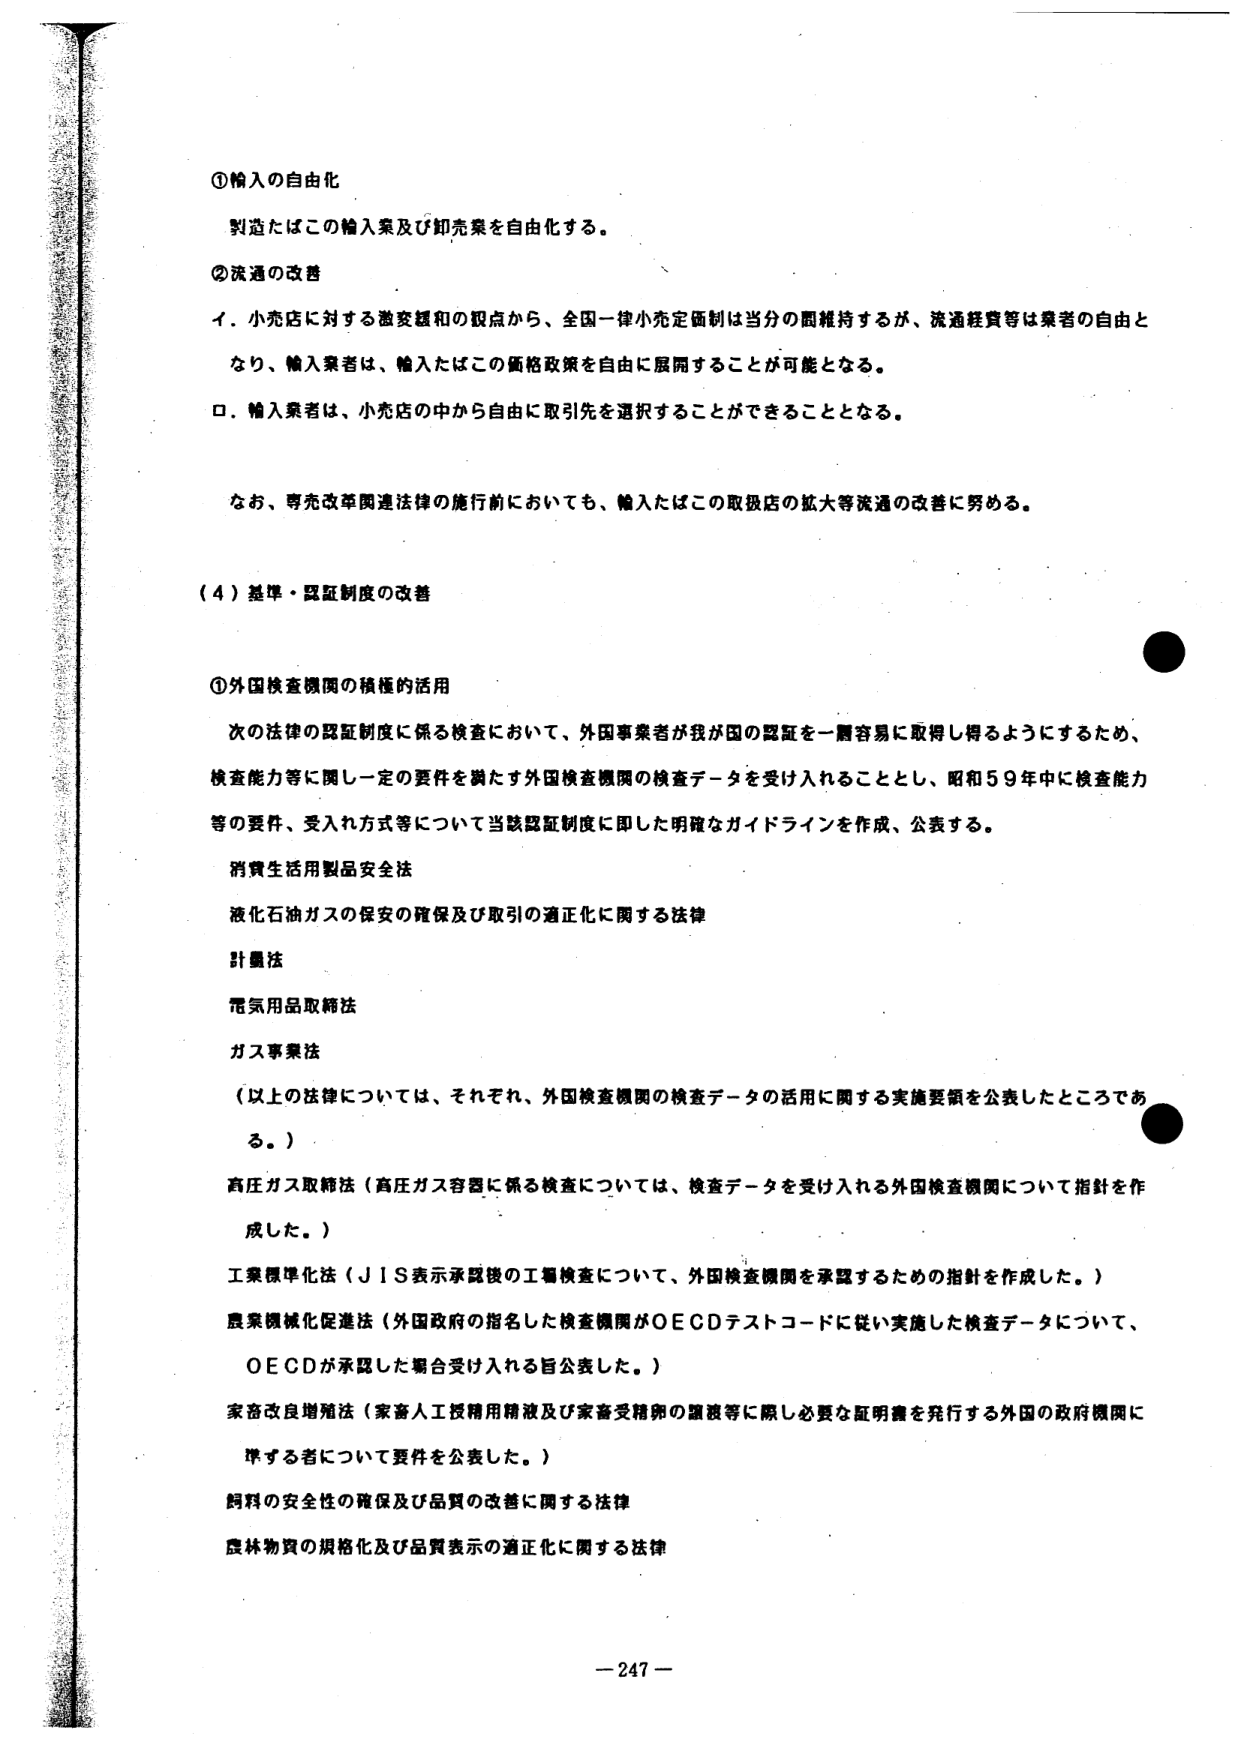
①輸入の自由化
製造たはこの輸入業及び卸売業を自由化する。

②流通の改善
イ．小売店に対する融資緩和の観点から、全国一律小売定価制は当分の間維持するが、流通経費等は業者の自由となり、輸入業者は、輸入たばこの価格政策を自由に展開することが可能となる。
ロ．輸入業者は、小売店の中から自由に取引先を選択することができることとなる。

なお、専売改革関連法律の施行前においても、輸入たばこの取扱店の拡大等流通の改善に努める。

（４）基準・認証制度の改善

①外国検査機関の積極的活用
次の法律の認証制度に係る検査において、外国事業者が我が国の認証を一層容易に取得し得るようにするため、検査能力等に関し一定の要件を満たす外国検査機関の検査データを受け入れることとし、昭和５９年中に検査能力等の要件、受入れ方式等について当該認証制度に即した明確なガイドラインを作成、公表する。

消費生活用製品安全法
液化石油ガスの保安の確保及び取引の適正化に関する法律
計量法
電気用品取締法
ガス事業法
（以上の法律については、それぞれ、外国検査機関の検査データの活用に関する実施要領を公表したところである。）

高圧ガス取締法（高圧ガス容器に係る検査については、検査データを受け入れる外国検査機関について指針を作成した。）
工業標準化法（ＪＩＳ表示承認後の工場検査について、外国検査機関を承認するための指針を作成した。）
農業機械化促進法（外国政府の指名した検査機関がＯＥＣＤテストコードに従い実施した検査データについて、ＯＥＣＤが承認した場合受け入れる旨公表した。）
家畜改良増殖法（家畜人工授精用精液及び家畜受精卵の譲渡等に際し必要な証明書を発行する外国の政府機関に準ずる者について要件を公表した。）
飼料の安全性の確保及び品質の改善に関する法律
農林物資の規格化及び品質表示の適正化に関する法律

－247－